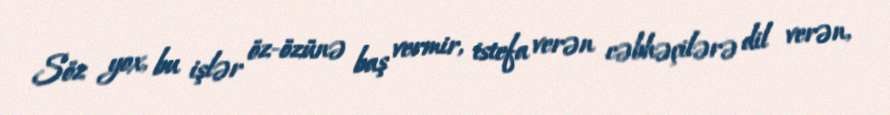
Söz yox, bu işlər öz-özünə baş vermir, istefa verən cəbhəçilərə dil verən,